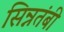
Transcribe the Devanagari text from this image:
सिन्नतंबी